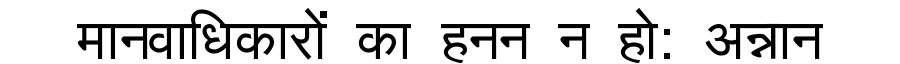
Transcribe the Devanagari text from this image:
मानवाधिकारों का हनन न हो: अन्नान